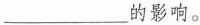
___的影响。